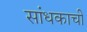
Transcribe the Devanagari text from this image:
सांधकाची